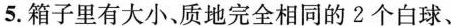
5.箱子里有大小、质地完全相同的2个白球、